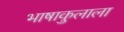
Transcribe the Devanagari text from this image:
भाषाकुलाला